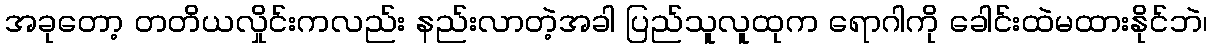
အခုတော့ တတိယလှိုင်းကလည်း နည်းလာတဲ့အခါ ပြည်သူလူထုက ရောဂါကို ခေါင်းထဲမထားနိုင်ဘဲ၊